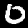
Label: 0